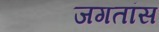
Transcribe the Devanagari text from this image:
जगतांस